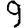
Digit: 9